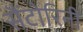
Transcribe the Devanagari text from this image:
सैंटोरिनी